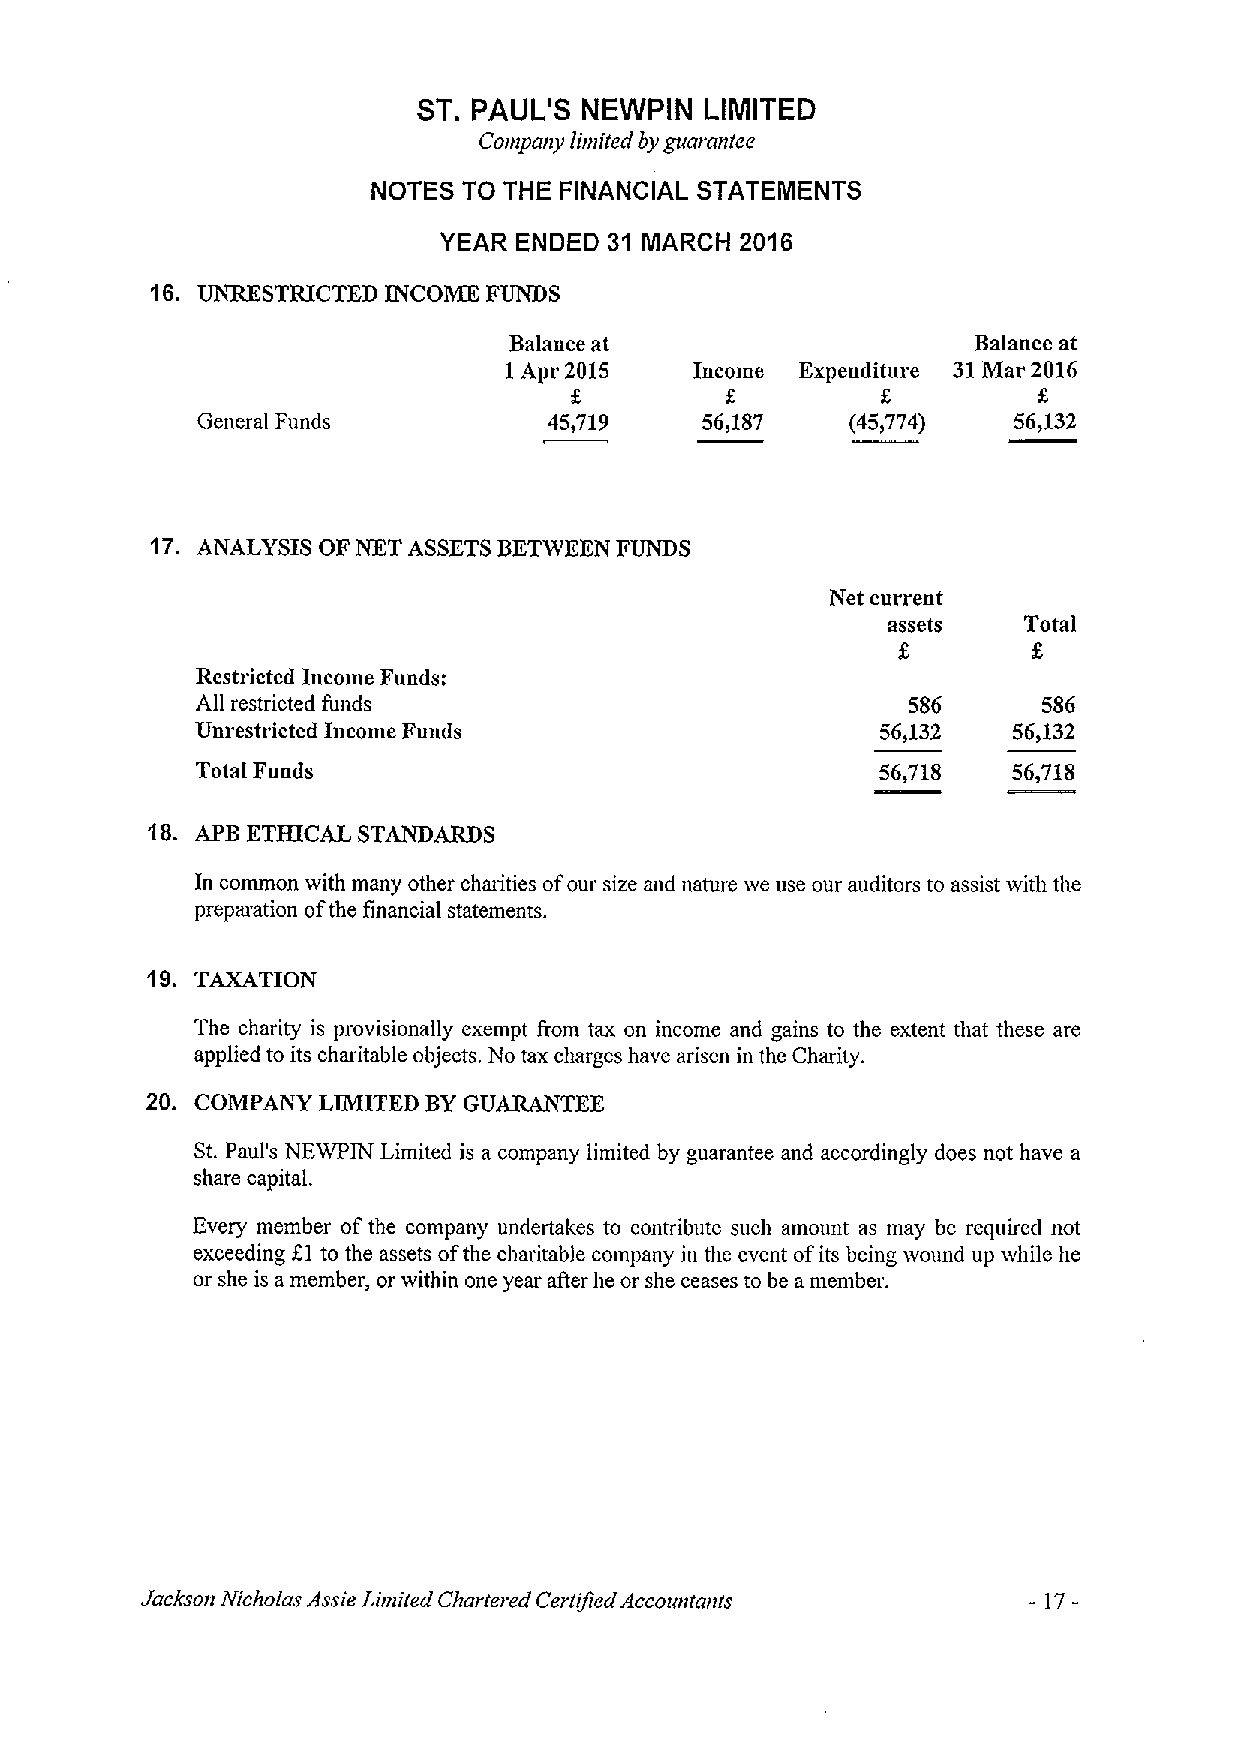
ST. PAUL'S NEWPIN  LIMITED
 Company limited by guarantee
 NOTES TO THE FINANCIAL STATEMENTS
 YEAR ENDED 31 MARCH 2016
 16. UNRESTRICTED INCOME FUNDS
 Balance at                    Balance at
 1Apr 2015    Income Expenditure 31Mar 2016
 f.
 General Funds          45,719    56,187    (45)774)   56,132
 17. ANALYSIS OF NET ASSETSBETWEEN FUNDS
 Net current
 assets   Total
 5
 Restricted Income Funds:
 All restricted funds                           586      586
 Unrestricted Income Funds                    56,132   56,132
 Total Funds                                  56,718   56,718
 18. APB ETHICAL STANDARDS
 In common with many other charities ofour size and nature we use our auditors to assist with the
 prepmation ofthe financial statements.
 19. TAXATION
 The charity is provisionally exempt from tax on income and gains to the extent that these are
 applied to its charitable objects. No tax charges have arisen in the Charity.
 20. COMPANY LIMITED BYGUARANTEE
 St.Paul's NEWPIN Limited is a company limited by guarantee and accordingly does not have a
 share capital.
 Every member of the company undertakes to contribute such amount as may be required not
 exceeding f.l to the assets ofthe charitable company in the event ofits being svound up while he
 or she is a member, or within one year after he or she ceases to be a member.
 -17-
 Jackson Nicholas Assie Limited Chartered Certified Accountants